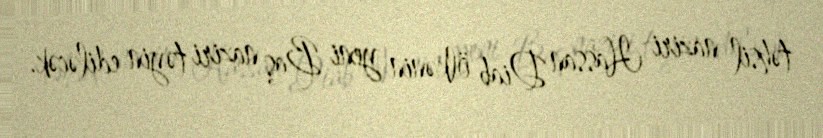
təhsil naziri Hassan Diab ölkənin yeni Baş naziri təyin ediləcək.